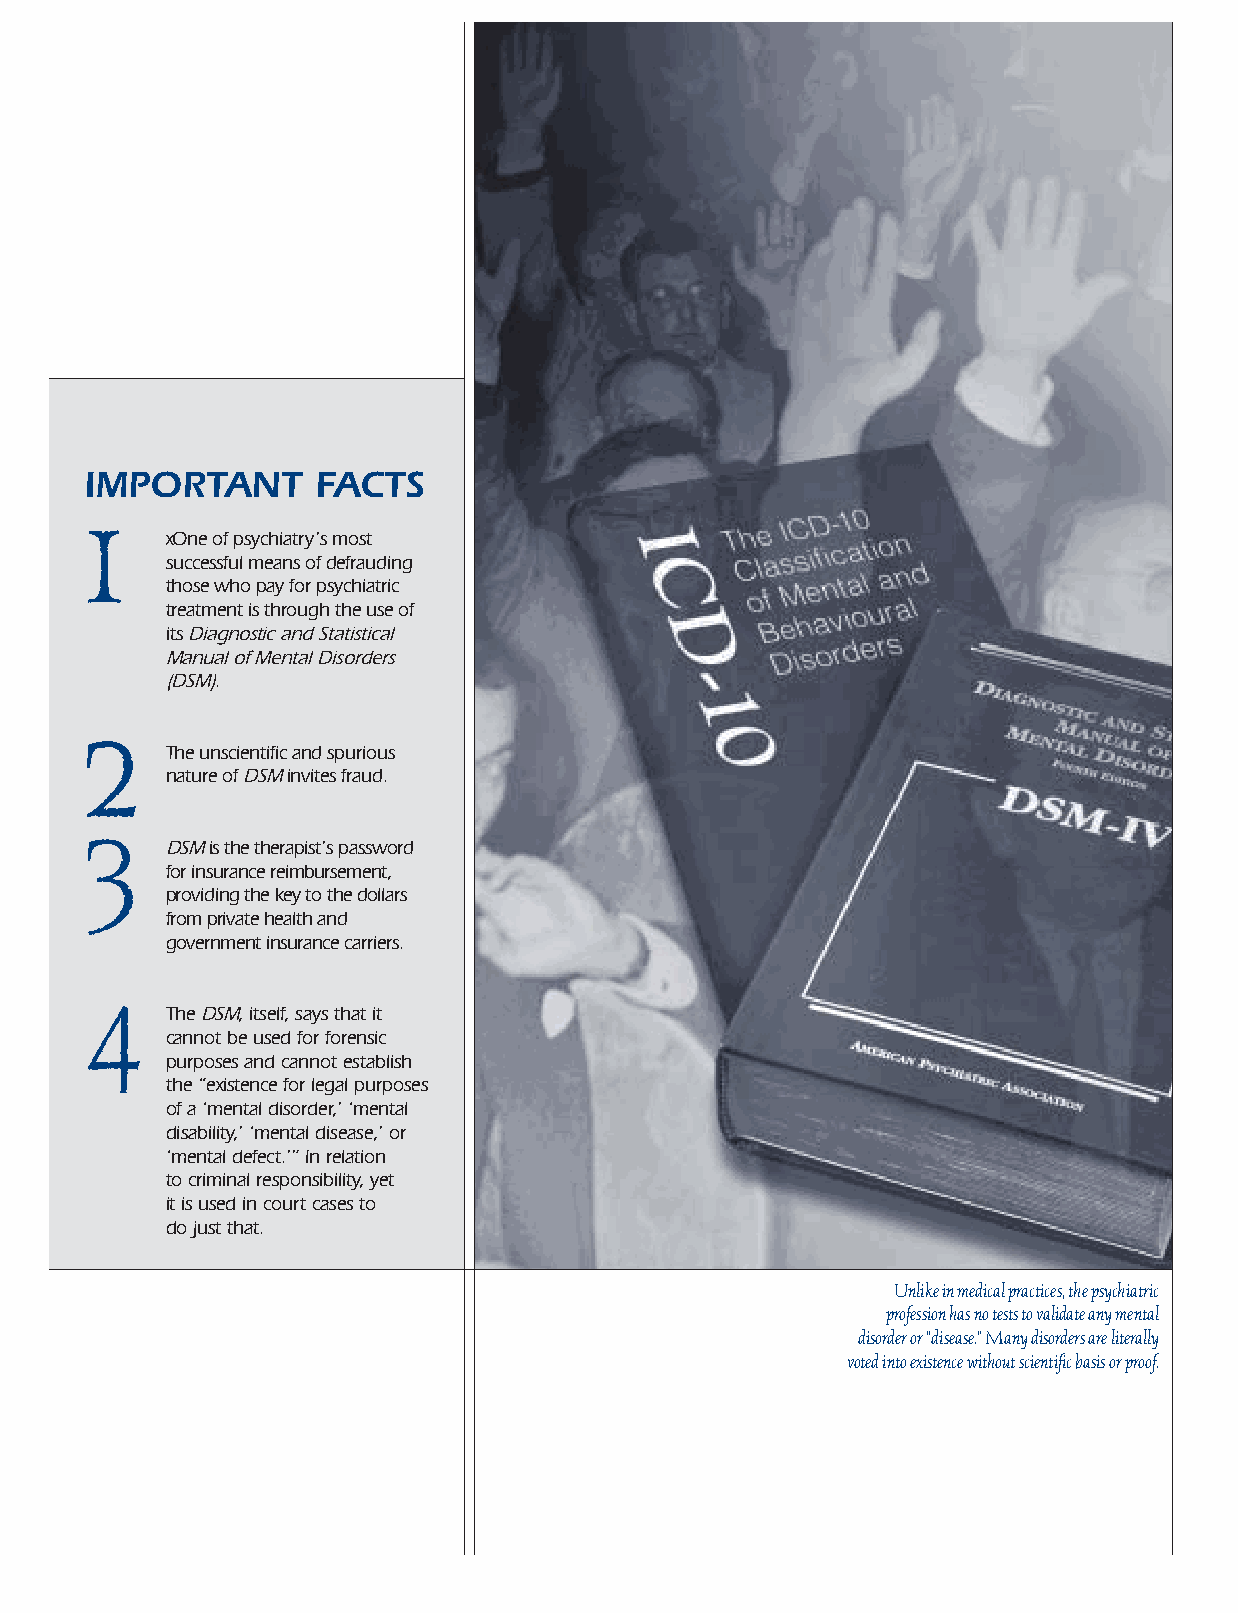
IMPORTANT      FACTS
 1
 xOne of psychiatry’s most
 successful means of defrauding
 those who pay for psychiatric
 treatment is through the use of
 its Diagnostic and Statistical
 Manual of Mental Disorders
 (DSM).
 2
 The unscientific and spurious
 nature of DSMinvites fraud.
 3
 DSMis the therapist’s password
 for insurance reimbursement,
 providing the key to the dollars
 from private health and
 government insurance carriers.
 4
 The DSM, itself, says that it
 cannot be used for forensic
 purposes and cannot establish
 the “existence for legal purposes
 of a ‘mental disorder,’ ‘mental
 disability,’ ‘mental disease,’ or
 ‘mental defect.’” In relation
 to criminal responsibility, yet
 it is used in court cases to
 do just that.
 Unlike in medical practices, the psychiatric
 profession has no tests to validate any mental
 disorder or “disease.” Many disorders are literally
 voted into existence without scientific basis or proof.